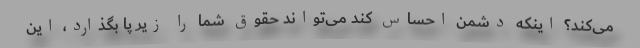
می‌کند؟ اینکه دشمن احساس کند می‌تواند حقوق شما را زیر پا بگذارد، این